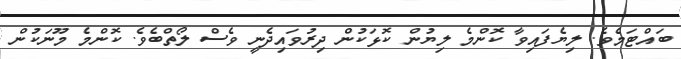
ބައްޓަމެވެ. ލިޔެފައިވާ ކޮންމެ ލިޔުން ކޮޅަކުން ދިރުވައިދެނީ ވެސް ލޯތްބެވެ. ކޮންމެ މޫނަކުން